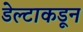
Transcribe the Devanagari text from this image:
डेल्टाकडून